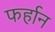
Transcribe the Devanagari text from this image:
फर्हान